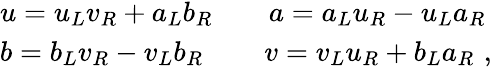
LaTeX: \begin{array}{l}{{u=u_{L}v_{R}+a_{L}b_{R}\qquad a=a_{L}u_{R}-u_{L}a_{R}}}\\ {{b=b_{L}v_{R}-v_{L}b_{R}\, \qquad v=v_{L}u_{R}+b_{L}a_{R}\, \, ,}}\end{array}